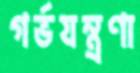
গর্ভযন্ত্রণা